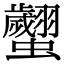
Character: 𧕼